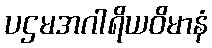
ပဌမအဂါရိယဝိမာနံ